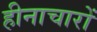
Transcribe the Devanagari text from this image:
हीनाचारों